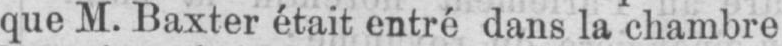
que M. Baxter était entré dans la chambre